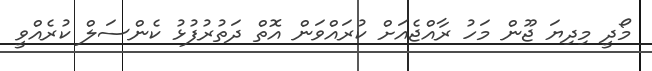
މޯދީ މިދިޔަ ޖޫން މަހު ރާއްޖެއަށް ކުރައްވަން އޮތް ދަތުރުުފުޅު ކެންސަލް ކުރެއްވީ